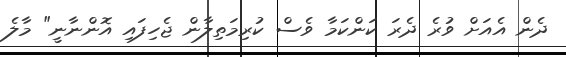
ދެން އެއަށް ވުރެ ދެރަ ކަންކަމާ ވެސް ކުރިމަތިލާން ޖެހިފައި އޮންނާނީ" މާލެ